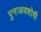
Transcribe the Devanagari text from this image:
पुनःअवशोषी